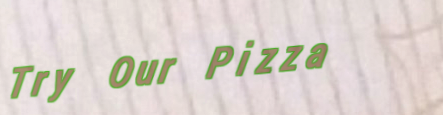
Try Our Pizza